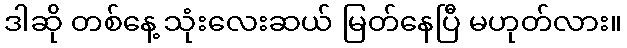
ဒါဆို တစ်နေ့ သုံးလေးဆယ် မြတ်နေပြီ မဟုတ်လား။